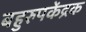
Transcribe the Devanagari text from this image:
बहुरुपकेंद्रक